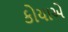
કોયાએ